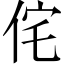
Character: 侘